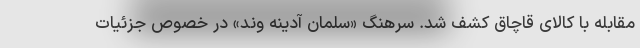
مقابله با کالای قاچاق کشف شد. سرهنگ «سلمان آدینه وند» در خصوص جزئیات